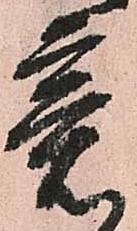
意